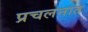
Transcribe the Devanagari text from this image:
प्रचलनात